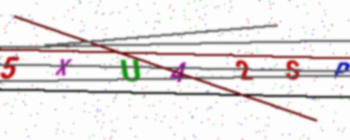
Text: 5XU42SP